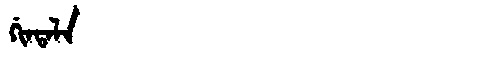
Manchu: ᡤᡳᠨᡨᠠᠯᠠ
Romanization: GINTALA